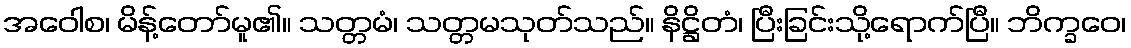
အဝေါစ၊ မိန့်တော်မူ၏။ သတ္တမံ၊ သတ္တမသုတ်သည်။ နိဋ္ဌိတံ၊ ပြီးခြင်းသို့ရောက်ပြီ။ ဘိက္ခဝေ၊